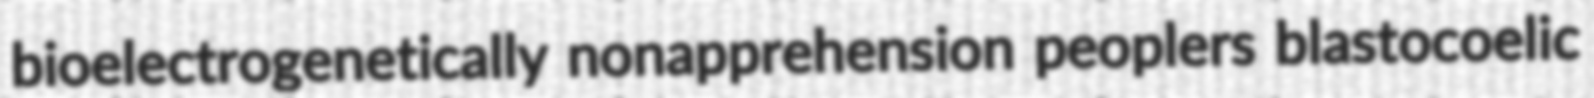
bioelectrogenetically nonapprehension peoplers blastocoelic